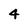
Character: 4